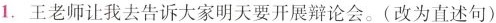
1.王老师让我去告诉大家明天要开展辩论会。(改为直述句)